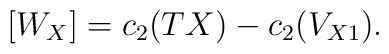
\label{W_{X}}[W_{X}] = c_{2}(TX) - c_{2}(V_{X1}).